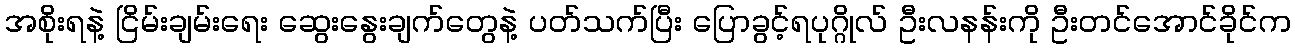
အစိုးရနဲ့ ငြိမ်းချမ်းရေး ဆွေးနွေးချက်တွေနဲ့ ပတ်သက်ပြီး ပြောခွင့်ရပုဂ္ဂိုလ် ဦးလနန်းကို ဦးတင်အောင်ခိုင်က